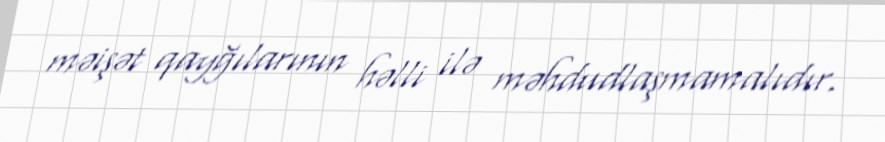
məişət qayğılarının həlli ilə məhdudlaşmamalıdır.